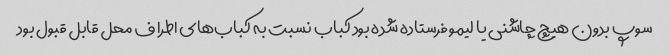
سوپ بدون هیچ چاشنی یا لیمو فرستاده شده بود کباب نسبت به کباب‌های اطراف محل قابل قبول بود